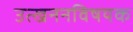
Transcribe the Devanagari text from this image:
उत्खननविषयक